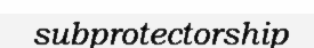
subprotectorship